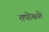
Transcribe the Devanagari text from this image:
तपोबळे